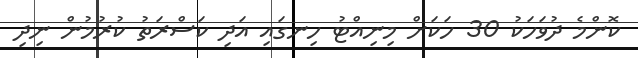
ކޮންމެ ދުވަހަކު 30 ހަކަށް މިނިއްޓު ހިނގައި އަދި ކަސްރަތު ކުރުމުން ނިދި